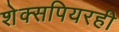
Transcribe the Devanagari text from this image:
शेक्सपियरही